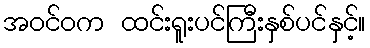
အဝင်ဝက ထင်းရူးပင်ကြီးနှစ်ပင်နှင့်။